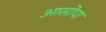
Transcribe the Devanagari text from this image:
आसोपा